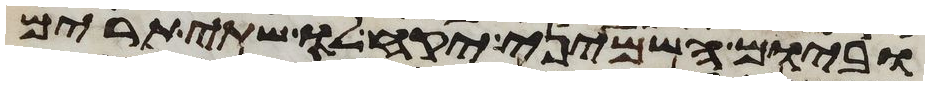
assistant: וביום השמיני יקח לו שתי תרים